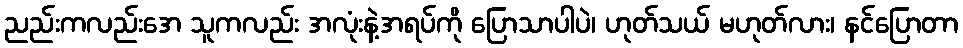
ညည်းကလည်းအေ သူကလည်း အလုံးနဲ့အရပ်ကို ပြောသာပါပဲ၊ ဟုတ်သယ် မဟုတ်လား၊ နင်ပြောတာ